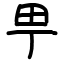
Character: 甼